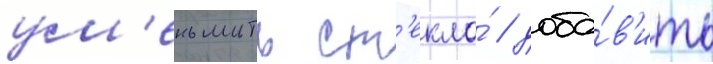
ум'еньшить ст'екло́ / доба́в'ить